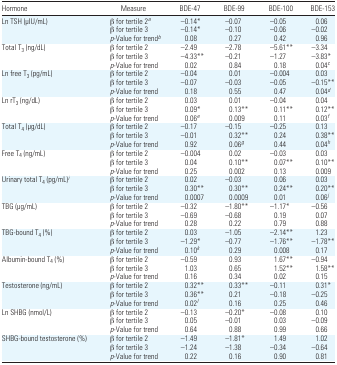
<table><thead><tr><td><b>Hormone</b></td><td><b>Measure</b></td><td><b>BDE-47</b></td><td><b>BDE-99</b></td><td><b>BDE-100</b></td><td><b>BDE-153</b></td></tr></thead><tbody><tr><td>Ln TSH (μIU/mL)</td><td>β for tertile 2a</td><td>−0.14*</td><td>−0.07</td><td>−0.05</td><td>0.06</td></tr><tr><td></td><td>β for tertile 3</td><td>−0.14*</td><td>−0.10</td><td>−0.06</td><td>−0.02</td></tr><tr><td></td><td><i>p</i>-Value for trendb</td><td>0.08</td><td>0.27</td><td>0.42</td><td>0.96</td></tr><tr><td>Total T<sub>3</sub> (ng/dL)</td><td>β for tertile 2</td><td>−2.49</td><td>−2.78</td><td>−5.61**</td><td>−3.34</td></tr><tr><td></td><td>β for tertile 3</td><td>−4.33**</td><td>−0.21</td><td>−1.27</td><td>−3.83*</td></tr><tr><td></td><td><i>p</i>-Value for trend</td><td>0.02</td><td>0.84</td><td>0.18</td><td>0.04c</td></tr><tr><td>Ln free T<sub>3</sub> (pg/mL)</td><td>β for tertile 2</td><td>−0.04</td><td>0.01</td><td>−0.004</td><td>0.03</td></tr><tr><td></td><td>β for tertile 3</td><td>−0.07</td><td>−0.03</td><td>−0.05</td><td>−0.15**</td></tr><tr><td></td><td><i>p</i>-Value for trend</td><td>0.18</td><td>0.55</td><td>0.47</td><td>0.04d</td></tr><tr><td>Ln rT<sub>3</sub> (ng/dL)</td><td>β for tertile 2</td><td>0.03</td><td>0.01</td><td>−0.04</td><td>0.04</td></tr><tr><td></td><td>β for tertile 3</td><td>0.09*</td><td>0.13**</td><td>0.11**</td><td>0.12**</td></tr><tr><td></td><td><i>p</i>-Value for trend</td><td>0.06e</td><td>0.009</td><td>0.11</td><td>0.03f</td></tr><tr><td>Total T<sub>4</sub> (μg/dL)</td><td>β for tertile 2</td><td>−0.17</td><td>−0.15</td><td>−0.25</td><td>0.13</td></tr><tr><td></td><td>β for tertile 3</td><td>−0.01</td><td>0.32**</td><td>0.24</td><td>0.38**</td></tr><tr><td></td><td><i>p</i>-Value for trend</td><td>0.92</td><td>0.06g</td><td>0.44</td><td>0.04h</td></tr><tr><td>Free T<sub>4</sub> (ng/mL)</td><td>β for tertile 2</td><td>−0.004</td><td>0.02</td><td>−0.03</td><td>0.03</td></tr><tr><td></td><td>β for tertile 3</td><td>0.04</td><td>0.10**</td><td>0.07**</td><td>0.10**</td></tr><tr><td></td><td><i>p</i>-Value for trend</td><td>0.25</td><td>0.002</td><td>0.13</td><td>0.009</td></tr><tr><td>Urinary total T<sub>4</sub> (pg/mL)i</td><td>β for tertile 2</td><td>0.02</td><td>−0.03</td><td>0.06</td><td>0.03</td></tr><tr><td></td><td>β for tertile 3</td><td>0.30**</td><td>0.30**</td><td>0.24**</td><td>0.20**</td></tr><tr><td></td><td><i>p</i>-Value for trend</td><td>0.0007</td><td>0.0009</td><td>0.01</td><td>0.06j</td></tr><tr><td>TBG (μg/mL)</td><td>β for tertile 2</td><td>−0.32</td><td>−1.80**</td><td>−1.17*</td><td>−0.56</td></tr><tr><td></td><td>β for tertile 3</td><td>−0.69</td><td>−0.68</td><td>0.19</td><td>0.07</td></tr><tr><td></td><td><i>p</i>-Value for trend</td><td>0.28</td><td>0.22</td><td>0.79</td><td>0.88</td></tr><tr><td>TBG-bound T<sub>4</sub> (%)</td><td>β for tertile 2</td><td>0.03</td><td>−1.05</td><td>−2.14**</td><td>1.23</td></tr><tr><td></td><td>β for tertile 3</td><td>−1.29*</td><td>−0.77</td><td>−1.76**</td><td>−1.78**</td></tr><tr><td></td><td><i>p</i>-Value for trend</td><td>0.10k</td><td>0.29</td><td>0.008</td><td>0.17</td></tr><tr><td>Albumin-bound T<sub>4</sub> (%)</td><td>β for tertile 2</td><td>−0.59</td><td>0.93</td><td>1.67**</td><td>−0.94</td></tr><tr><td></td><td>β for tertile 3</td><td>1.03</td><td>0.65</td><td>1.52**</td><td>1.58**</td></tr><tr><td></td><td><i>p</i>-Value for trend</td><td>0.16</td><td>0.34</td><td>0.02</td><td>0.15</td></tr><tr><td>Testosterone (ng/mL)</td><td>β for tertile 2</td><td>0.32**</td><td>0.33**</td><td>−0.11</td><td>0.31*</td></tr><tr><td></td><td>β for tertile 3</td><td>0.36**</td><td>0.21</td><td>−0.18</td><td>−0.25</td></tr><tr><td></td><td><i>p</i>-Value for trend</td><td>0.02l</td><td>0.16</td><td>0.25</td><td>0.46</td></tr><tr><td>Ln SHBG (nmol/L)</td><td>β for tertile 2</td><td>−0.13</td><td>−0.20*</td><td>−0.08</td><td>0.10</td></tr><tr><td></td><td>β for tertile 3</td><td>0.05</td><td>−0.01</td><td>0.03</td><td>−0.09</td></tr><tr><td></td><td><i>p</i>-Value for trend</td><td>0.64</td><td>0.88</td><td>0.99</td><td>0.66</td></tr><tr><td>SHBG-bound testosterone (%)</td><td>β for tertile 2</td><td>−1.49</td><td>−1.81*</td><td>1.49</td><td>1.02</td></tr><tr><td></td><td>β for tertile 3</td><td>−1.24</td><td>−1.38</td><td>−0.34</td><td>−0.64</td></tr><tr><td></td><td><i>p</i>-Value for trend</td><td>0.22</td><td>0.16</td><td>0.90</td><td>0.81</td></tr></tbody></table>